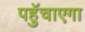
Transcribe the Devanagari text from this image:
पहुॅचाएगा